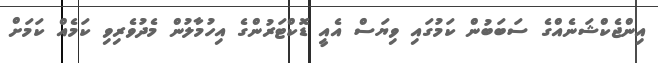
އިންޖެކްޝަނެއްގެ ސަބަބުން ކަމުގައި ވިޔަސް އެއީ ޑޮކްޓަރުންގެ އިހުމާލުން މެދުވެރިވި ކަމެއް ކަމަށް